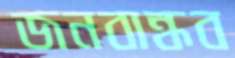
জনবান্ধব